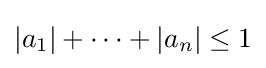
|a_{1}|+\cdots +|a_{n}|\leq 1